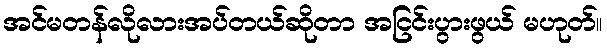
အင်မတန်လိုလားအပ်တယ်ဆိုတာ အငြင်းပွားဖွယ် မဟုတ်။